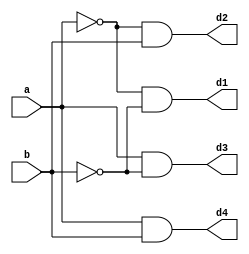
module decooder(d1,d2,d3,d4,a,b);
output d1,d2,d3,d4;
input a,b;
wire w1,w2;
not g1(w1,a);
not g2(w2,b);
and g3(d1,w1,w2);
and g4(d2,w1,b);
and g5(d3,a,w2);
and g6(d4,a,b);
endmodule